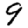
Digit: 9